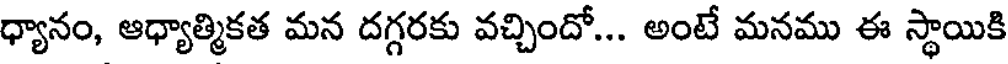
ధ్యానం, ఆధ్యాత్మికత మన దగ్గరకు వచ్చిందో... అంటే మనము ఈ స్థాయికి